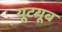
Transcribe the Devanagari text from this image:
यूटयूब